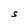
Character: S